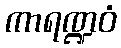
ကာရဏ္ဍဝံ